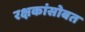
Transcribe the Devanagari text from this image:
रक्षकांसोबत